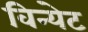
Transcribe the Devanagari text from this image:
विन्येट